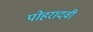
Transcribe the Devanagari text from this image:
पोहरादवी